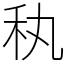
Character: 秇